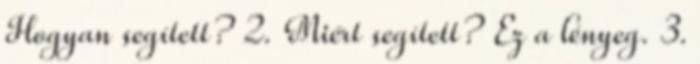
Hogyan segített? 2. Miért segített? Ez a lényeg. 3.